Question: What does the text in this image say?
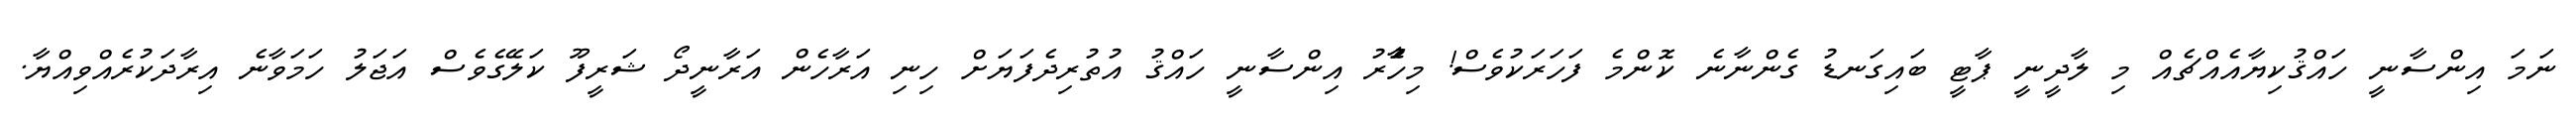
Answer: ނަމަ އިންސާނީ ހައްޤުކިޔާއެއްޗެއް މި ލާދީނީ ޕާޓީ ބައިގަނޑު ގެންނާނެ ކޮންމެ ފަހަރަކުވެސް! މިހާުެރު އިންސާނީ ހައްޤު އުތުރިދެފަޔަށް ހިނި އަރާހެން އަރާނީދޯ ޝަރީފޫ ކަލޭގެވެސް އަޖަލު ހަމަވާނެ އިރާދަކުރެއްވިއްޔާ.